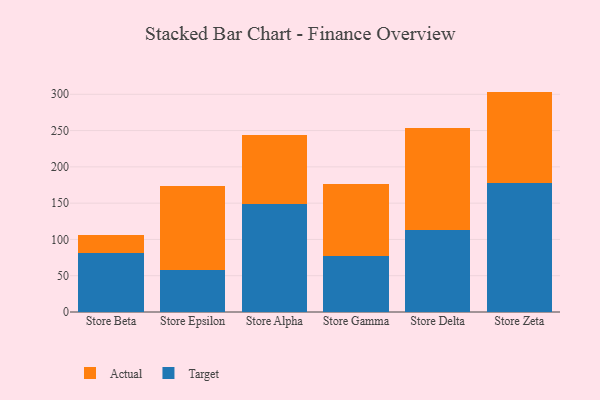
{"axis": {"x": "Store", "y": "Satisfaction Score"}, "legend": ["Actual", "Target"], "data": [{"x": "Store Beta", "y": 80.8, "type": "Target"}, {"x": "Store Beta", "y": 25.3, "type": "Actual"}, {"x": "Store Epsilon", "y": 58.3, "type": "Target"}, {"x": "Store Epsilon", "y": 115.3, "type": "Actual"}, {"x": "Store Alpha", "y": 149.5, "type": "Target"}, {"x": "Store Alpha", "y": 95.0, "type": "Actual"}, {"x": "Store Gamma", "y": 77.1, "type": "Target"}, {"x": "Store Gamma", "y": 99.7, "type": "Actual"}, {"x": "Store Delta", "y": 112.7, "type": "Target"}, {"x": "Store Delta", "y": 141.5, "type": "Actual"}, {"x": "Store Zeta", "y": 177.8, "type": "Target"}, {"x": "Store Zeta", "y": 125.9, "type": "Actual"}]}